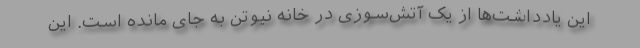
این یادداشت‌ها از یک آتش‌سوزی در خانه نیوتن به جای مانده است. این